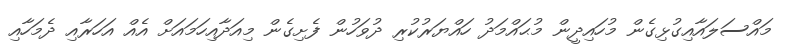
މައްސަލައާއިގުޅިގެން މުހައިދީން މުޙައްމަދު ހައްޔަރުކުރި ދުވަހުން ފެށިގެން މިއަދާއިހަމައަށް އެއް އަހަރާއި ދެމަހާއި